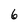
Character: 6